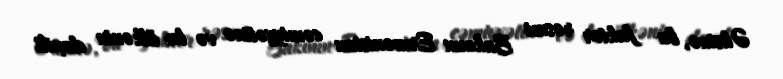
Əksinə, bu faktor rəsmi Bakının Ermənistan cəmiyyətinə və bu ölkənin daxili